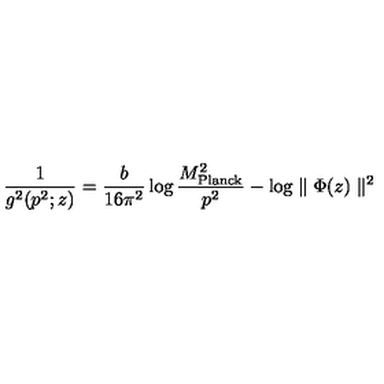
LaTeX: { \frac { 1 } { g ^ { 2 } ( p ^ { 2 } ; z ) } } = { \frac { b } { 1 6 \pi ^ { 2 } } } \log { \frac { M _ { \mathrm { P l a n c k } } ^ { 2 } } { p ^ { 2 } } } - \log \parallel \Phi ( z ) \parallel ^ { 2 }